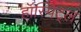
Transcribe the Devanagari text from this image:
हॉस्पिट्ल